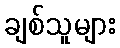
ချစ်သူများ